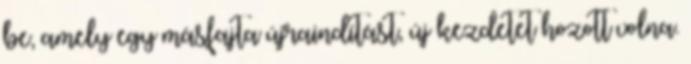
be, amely egy másfajta újraindítást, új kezdetet hozott volna.